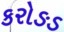
કરોઙડ